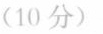
(10 分)